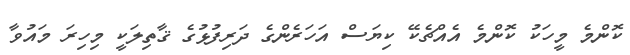
ކޮންމެ މީހަކު ކޮންމެ އެއްޗެކޭ ކިޔަސް އަހަރެންގެ ދަރިފުޅުގެ ޤާތިލަކީ މިހިރަ މައުވާ